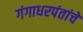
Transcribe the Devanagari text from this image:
गंगाधरपंतांचे